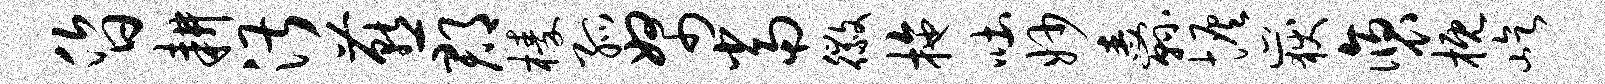
昏耕湛燕郡榛孤帑当徽拖吐妙纛恢岳褒概屹